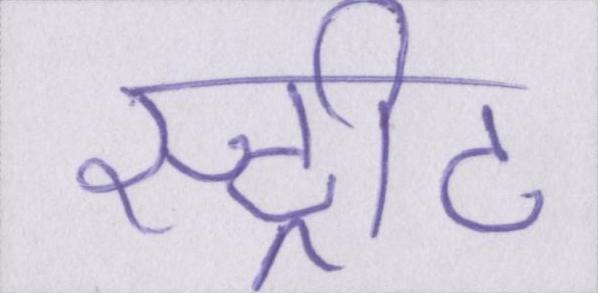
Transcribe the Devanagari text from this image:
स्ट्रीट